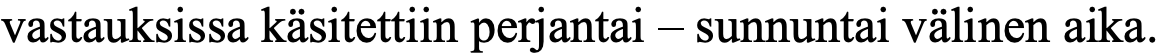
vastauksissa käsitettiin perjantai – sunnuntai välinen aika.